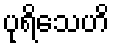
ပုရိသေဟိ